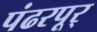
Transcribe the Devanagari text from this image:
पंढरपूर्